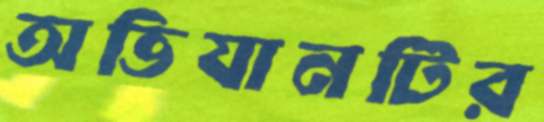
অভিযানটির